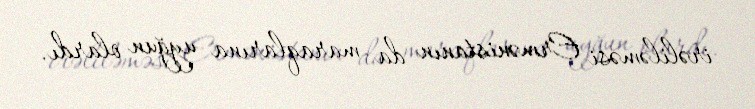
irəliləməsi Ermənistanın da maraqlarına uyğun olardı.